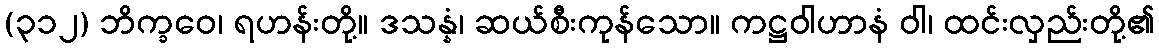
(၃၁၂) ဘိက္ခဝေ၊ ရဟန်းတို့။ ဒသန္နံ၊ ဆယ်စီးကုန်သော။ ကဋ္ဌဝါဟာနံ ဝါ၊ ထင်းလှည်းတို့၏